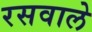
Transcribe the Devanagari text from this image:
रसवाले